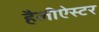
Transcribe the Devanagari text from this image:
हैलीऐस्टर